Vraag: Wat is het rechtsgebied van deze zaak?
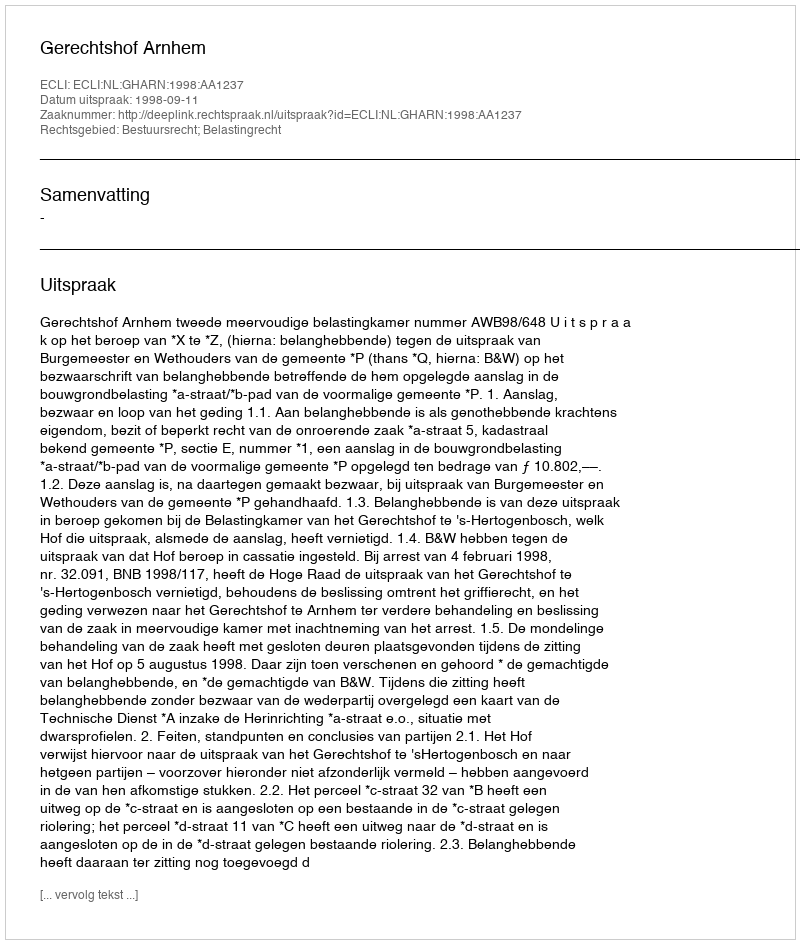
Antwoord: Bestuursrecht; Belastingrecht